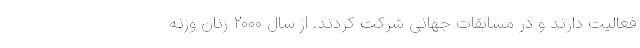
فعالیت دارند و در مسابقات جهانی شرکت کردند. از سال ۲۰۰۰ زنان وزنه